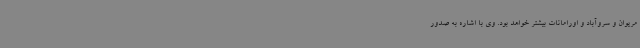
مریوان و سروآباد و اورامانات بیشتر خواهد بود. وی با اشاره به صدور